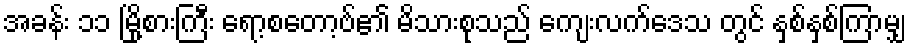
အခန်း ၁၁ မြို့စားကြီး ရော့စတော့ဗ်၏ မိသားစုသည် ကျေးလက်ဒေသ တွင် နှစ်နှစ်ကြာမျှ